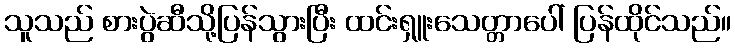
သူသည် စားပွဲဆီသို့ပြန်သွားပြီး ထင်းရှူးသေတ္တာပေါ် ပြန်ထိုင်သည်။